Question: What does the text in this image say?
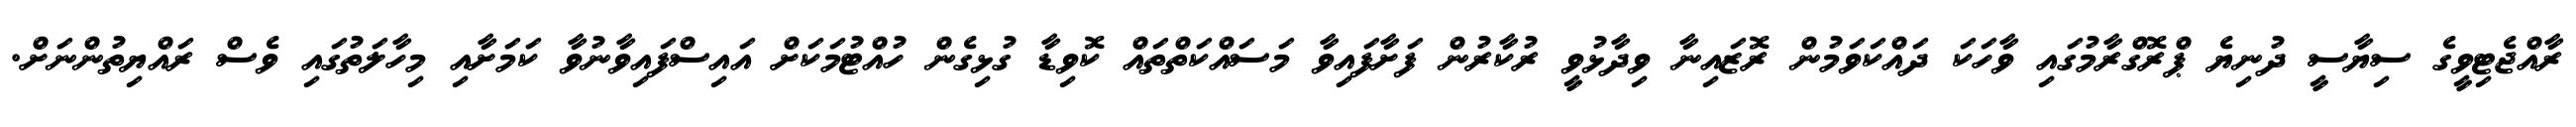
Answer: ރާއްޖެޓިވީގެ ސިޔާސީ ދުނިޔެ ޕްރޮގްރާމުގައި ވާހަކަ ދައްކަވަމުން ރޮޒައިނާ ވިދާޅުވީ ރުކާރުން ފަށާފައިވާ މަސައްކަތްތައް ކޮވިޑާ ގުޅިގެން ހުއްޓުމަކަށް އައިސްފައިވާނުވާ ކަމަށާއި މިހާލަތުގައި ވެސް ރައްޔިތުންނަށް.